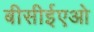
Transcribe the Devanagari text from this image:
बीसीईएओ